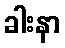
ခါးနာ